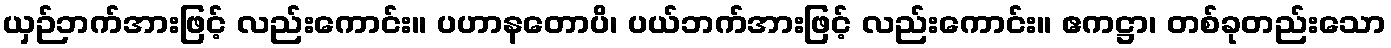
ယှဉ်ဘက်အားဖြင့် လည်းကောင်း။ ပဟာနတောပိ၊ ပယ်ဘက်အားဖြင့် လည်းကောင်း။ ဧကဋ္ဌာ၊ တစ်ခုတည်းသော